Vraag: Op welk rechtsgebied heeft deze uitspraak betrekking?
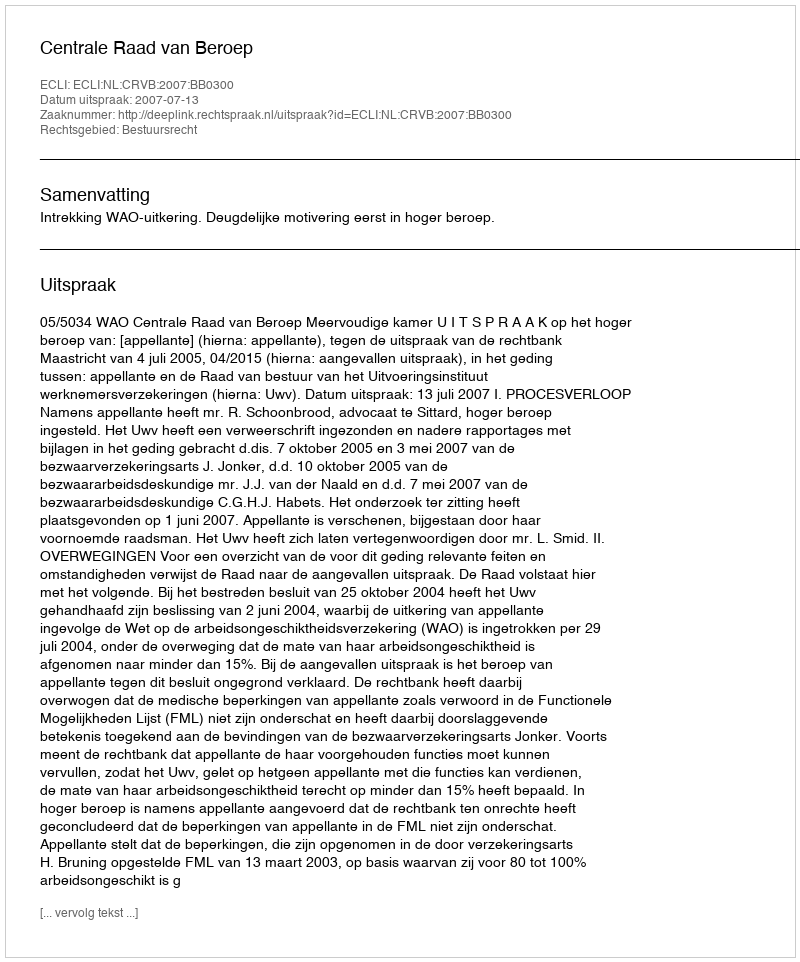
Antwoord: Bestuursrecht